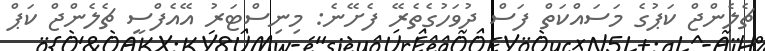
ޗެލެންޖް ކަޕުގެ މަސައްކަތް ފަސް ދުވަހުގެތެރޭ ފެށޭނެ: މިނިސްޓަރު އޭއެފްސީ ޗެލެންޖް ކަޕް